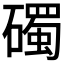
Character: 𥖠